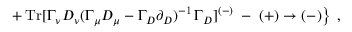
\left. + \, \mathrm { T r } [ \Gamma _ { \nu } D _ { \nu } ( \Gamma _ { \mu } D _ { \mu } - \Gamma _ { D } \partial _ { D } ) ^ { - 1 } \, \Gamma _ { D } ] ^ { ( - ) } \; - \; ( + ) \to ( - ) \right\} \; ,